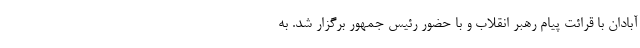
آبادان با قرائت پیام رهبر انقلاب و با حضور رئیس جمهور برگزار شد. به